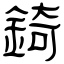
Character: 錡